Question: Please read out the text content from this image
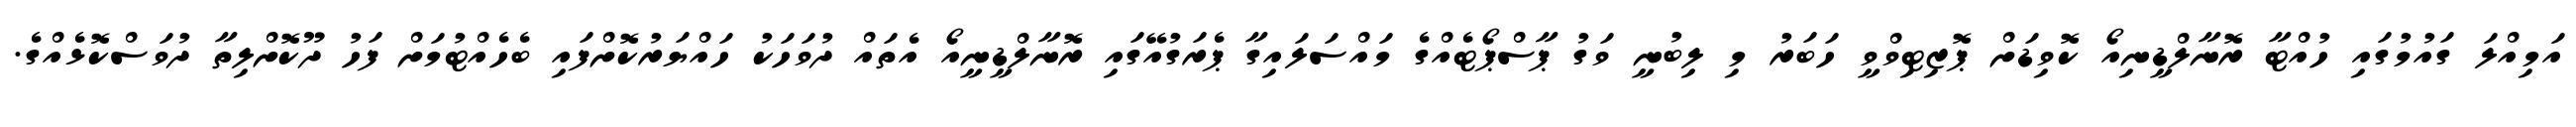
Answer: އަމިއްލަ ގައުމުގައި ހުއްޓާ ރޮނާލްޑީނިއޯ ކޮވިޑަށް ޕޮޒިޓިވްވީ ހަބަރު މި ލިބުނީ ވަގު ޕާސްޕޯޓެއްގެ މައްސަލައިގާ ޕެރަގުއޭގައި ރޮނާލްޑީނީއޯ އެތައް ދުވަހަކު ހައްޔަރުކޮށްފައި ބެހެއްޓުމަށް ފަހު ދޫކޮށްލިތާ ދުވަސްކޮޅެއްގެ.